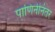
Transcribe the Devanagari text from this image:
पाणिनीनंतर